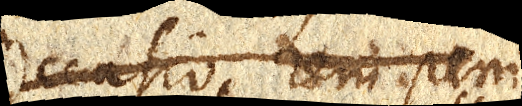
Occasio rem peni